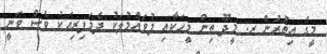
މީގެ އިތުރުން ރ. މީދޫ ތިން މީހަކާއި ފުވައްމުލަކު ދެމަފިރިއަކު ވެސް ވަނީ